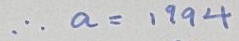
\therefore a = 1 9 9 4